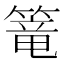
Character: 篭